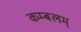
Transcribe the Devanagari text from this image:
कम्बलम्